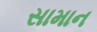
સામાન